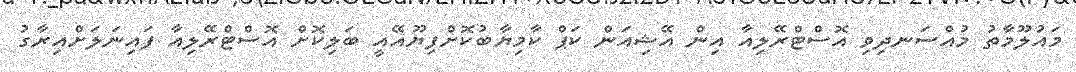
މައުލޫމާތު މުއްސަނދިވި އޮސްޓްރޭލިއާ އިން އޭޝިއަން ކަޕް ކާމިޔާބުކޮށްފިޔޫއޭއީ ބަލިކޮށް އޮސްޓްރޭލިއާ ފައިނަލަށްއިރާގު